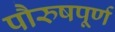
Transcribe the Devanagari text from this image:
पौरुषपूर्ण